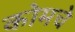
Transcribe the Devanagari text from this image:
कोमचे